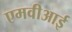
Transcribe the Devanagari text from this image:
एमवीआई